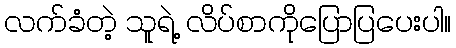
လက်ခံတဲ့ သူရဲ့ လိပ်စာကိုပြောပြပေးပါ။